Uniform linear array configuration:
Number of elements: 16
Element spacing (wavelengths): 0.25
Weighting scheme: uniform
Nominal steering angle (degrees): -15
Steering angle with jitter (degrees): -15.917
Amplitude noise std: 0.05
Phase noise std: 0.05

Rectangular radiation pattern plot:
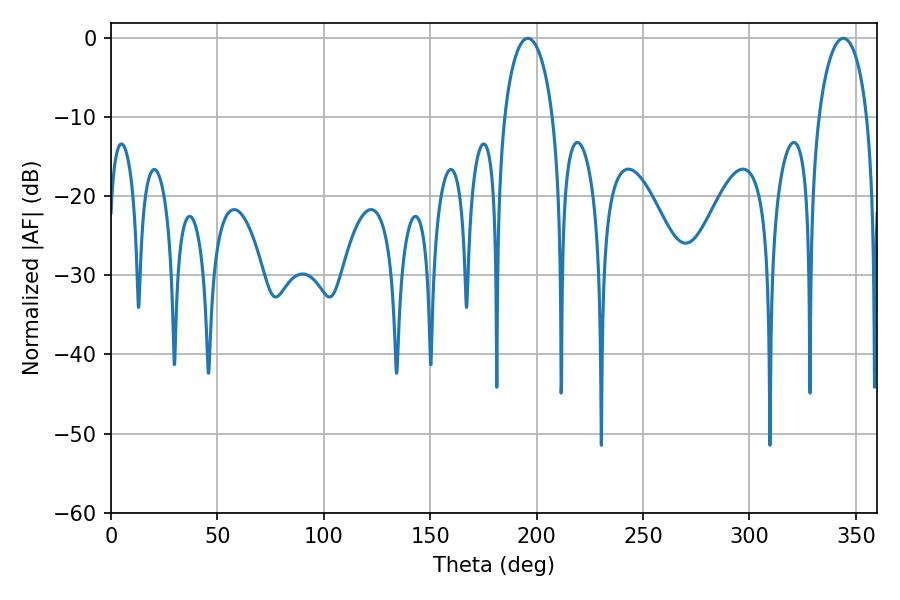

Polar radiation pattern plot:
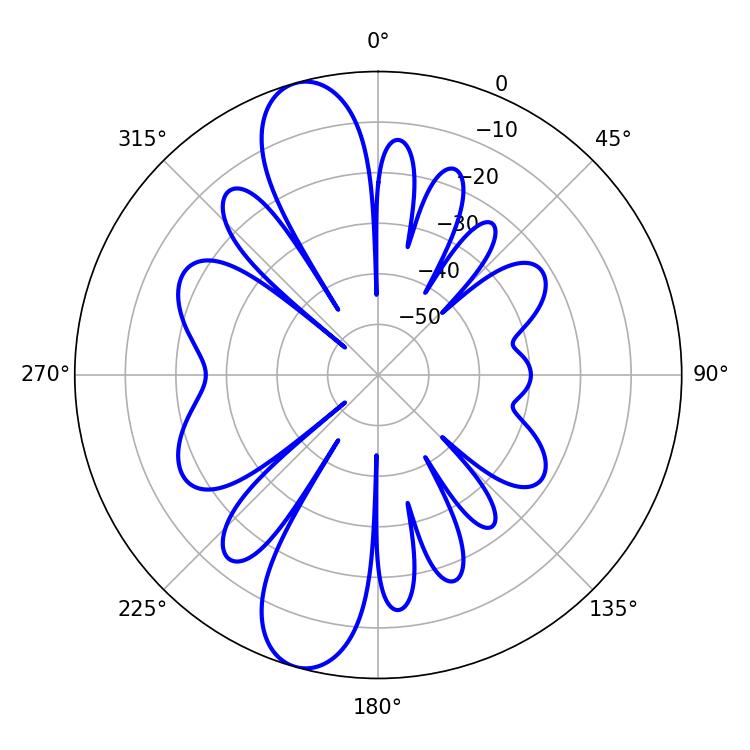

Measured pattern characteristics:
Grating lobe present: FALSE
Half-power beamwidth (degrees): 13.14
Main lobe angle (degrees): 195.84